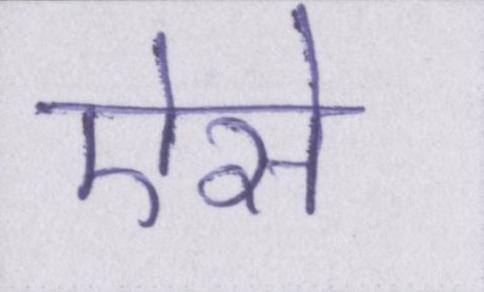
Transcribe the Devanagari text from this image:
ऐसे